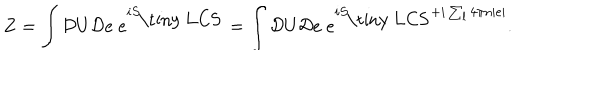
Z = \int { \cal D } U { \cal D } e ~ e ^ { i S _ { \mathrm { \tiny ~ L C S } } } = \int { \cal D } U { \cal D } e ~ e ^ { i S _ { \mathrm { \tiny ~ L C S } } + i \sum _ { l } 4 \pi n | e | } .